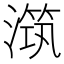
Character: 𣽆